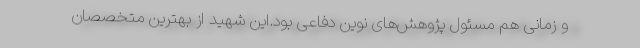
و زمانی هم مسئول پژوهش‌های نوین دفاعی بود.این شهید از بهترین متخصصان